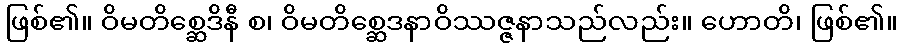
ဖြစ်၏။ ဝိမတိစ္ဆေဒိနီ စ၊ ဝိမတိစ္ဆေဒနာဝိဿဇ္ဇနာသည်လည်း။ ဟောတိ၊ ဖြစ်၏။